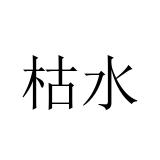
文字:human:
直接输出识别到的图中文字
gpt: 枯水